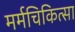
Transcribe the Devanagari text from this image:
मर्मचिकित्सा